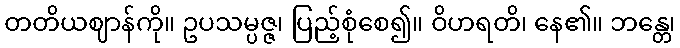
တတိယဈာန်ကို။ ဥပသမ္ပဇ္ဇ၊ ပြည့်စုံစေ၍။ ဝိဟရတိ၊ နေ၏။ ဘန္တေ၊